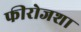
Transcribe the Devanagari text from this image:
फीरोजशा